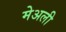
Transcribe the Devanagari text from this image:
मेअली